Scottish Leaving Certificate Examination, 1957
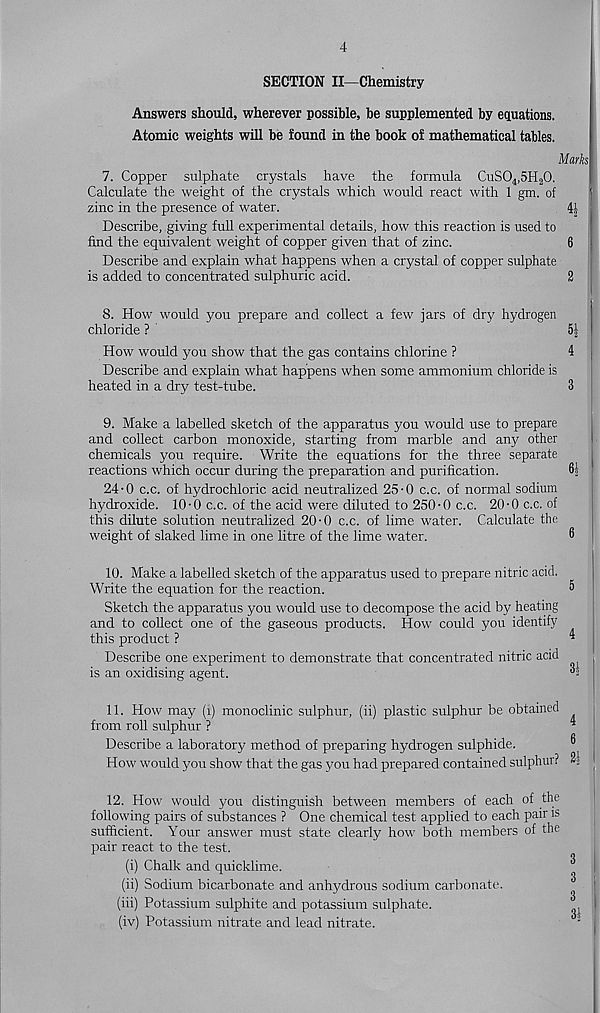
4
SECTION II—Chemistry
Answers should, wherever possible, be supplemented by equations.
Atomic weights will be found in the book of mathematical tables.
Marks
7. Copper sulphate crystals have the formula CuS0 4 ,5H 2 0.
Calculate the weight of the crystals which would react with 1 gm. of
zinc in the presence of water.
4| :
Describe, giving full experimental details, how this reaction is used to
find the equivalent weight of copper given that of zinc.
6
Describe and explain what happens when a crystal of copper sulphate
is added to concentrated sulphuric acid.
2
8. How would you prepare and collect a few jars of dry hydrogen
chloride ?
5|
How would you show that the gas contains chlorine ?
4
Describe and explain what happens when some ammonium chloride is
heated in a dry test-tube.
3
9. Make a labelled sketch of the apparatus you would use to prepare
and collect carbon monoxide, starting from marble and any other
chemicals you require. Write the equations for the three separate
reactions which occur during the preparation and purification.
61
24-0 c.c. of hydrochloric acid neutralized 25-0 c.c. of normal sodium
hydroxide. 10-0 c.c. of the acid were diluted to 250-0 c.c. 20-0 c.c. of
this dilute solution neutralized 20-0 c.c. of lime water. Calculate the
weight of slaked lime in one litre of the lime water.
6
10. Make a labelled sketch of the apparatus used to prepare nitric acid.
Write the equation for the reaction.
6
Sketch the apparatus you would use to decompose the acid by heating
and to collect one of the gaseous products. How could you identify
this product ?
’
Describe one experiment to demonstrate that concentrated nitric acid
is an oxidising agent.
65
11. How may (1) monoclinic sulphur, (ii) plastic sulphur be obtained
from roll sulphur ?
Describe a laboratory method of preparing hydrogen sulphide.
How would you show that the gas you had prepared contained sulphur?
12. How would you distinguish between members of each of the
following pairs of substances ? One chemical test applied to each pair is
sufficient. Your answer must state clearly how both members of the
pair react to the test.
(i) Chalk and quicklime.
(ii) Sodium bicarbonate and anhydrous sodium carbonate.
(iii) Potassium sulphite and potassium sulphate.
(iv) Potassium nitrate and lead nitrate.
3
31